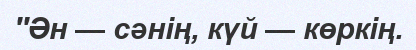
''Ән — сәнің, күй — көркің.